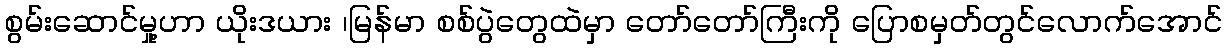
စွမ်းဆောင်မှု့ဟာ ယိုးဒယား ၊မြန်မာ စစ်ပွဲတွေထဲမှာ တော်တော်ကြီးကို ပြောစမှတ်တွင်လောက်အောင်